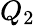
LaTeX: Q_{2}